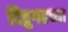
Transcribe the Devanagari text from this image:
दिब्रुगढच्या